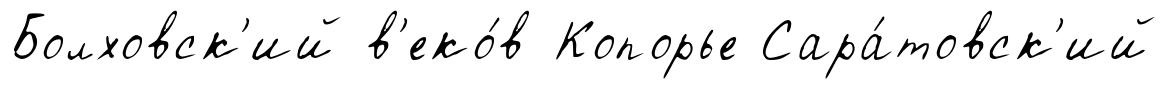
Болховск'ий в'еко́в Копорье Сара́товск'ий